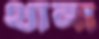
থানা